Senior Leaving Certificate Examination (including Day School Certificate (Higher) General paper), 1948
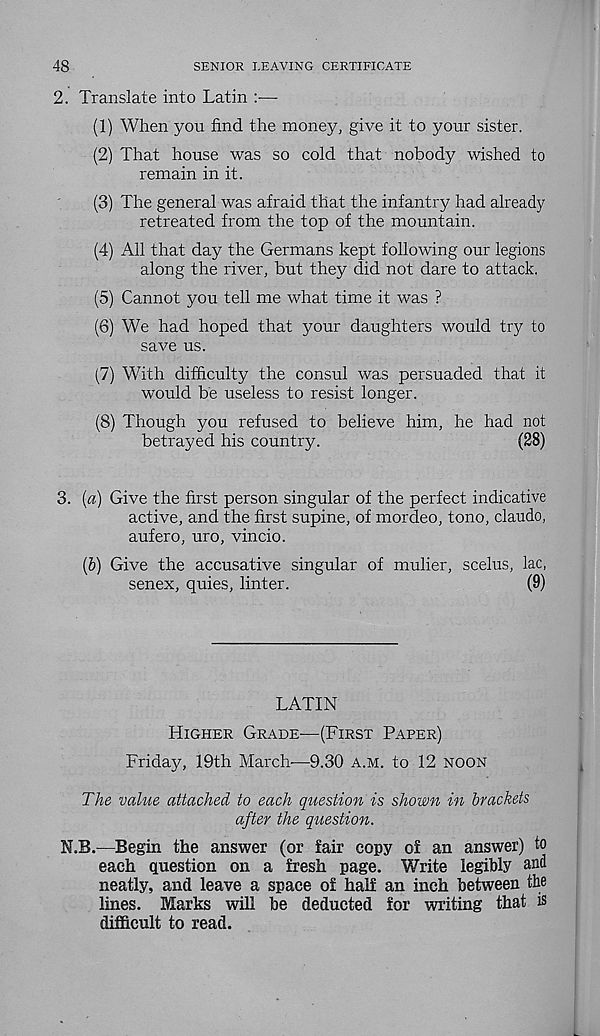
48
SENIOR LEAVING CERTIFICATE
2. Translate into Latin —
(1) When you find the money, give it to your sister.
(2) That house was so cold that nobody wished to
remain in it.
(3) The general was afraid that the infantry had already
retreated from the top of the mountain.
(4) All that day the Germans kept following our legions
along the river, but they did not dare to attack.
(5) Cannot you tell me what time it was ?
(6) We had hoped that your daughters would try to
save us.
(7) With difficulty the consul was persuaded that it
would be useless to resist longer.
(8) Though you refused to believe him, he had not
betrayed his country.
(28)
3. [a) Give the first person singular of the perfect indicative
active, and the first supine, of mordeo, tono, claudo,
aufero, uro, vincio.
{b) Give the accusative singular of mulier, scelus, lac,
senex, quies, linter.
(9)
LATIN
Higher Grade-—(First Paper)
Friday, 19th March-—9.30 a.m. to 12 noon
The value attached to each question is shown in brackets
after the question.
iLB.—Begin the answer (or fair copy of an answer) to
each question on a fresh page. Write legibly and
neatly, and leave a space of half an inch between the
lines. Marks will be deducted for writing that is
difficult to read.